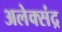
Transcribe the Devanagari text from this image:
अलेक्संद्र